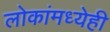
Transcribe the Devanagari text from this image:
लोकांमध्येही